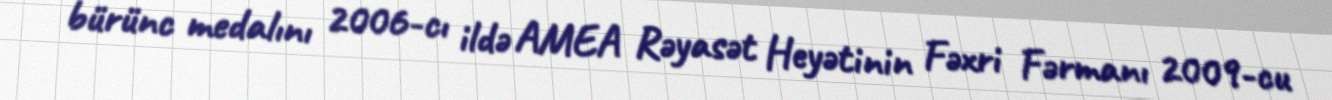
– bürünc medalını 2006-cı ildə AMEA Rəyasət Heyətinin Fəxri Fərmanı 2009-cu